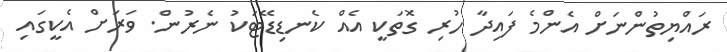
ރައްޔިތުންނަށް އެންމެ ފައިދާ ހުރި ގޮތަކީ އެއް ކެނޑިޑޭޓަކު ނެރުން. ވަރަށް އެކީގައި